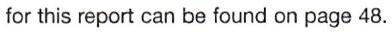
for this report can be found on page 48.